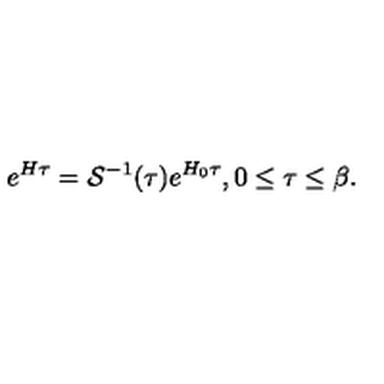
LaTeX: e ^ { H \tau } = { \cal S } ^ { - 1 } ( { \tau } ) e ^ { H _ { 0 } \tau } , 0 \leq \tau \leq \beta .